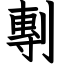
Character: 剸